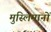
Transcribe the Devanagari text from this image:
मुस्लिमानों